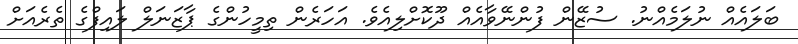
ބަލައެއް ނުލަމެއްނު. ސުޒޭން ފުންނޭވާއެއް ދޫކޮށްލިއެވެ. އަހަރެން ތިމީހުންގެ ޕާޒަނަލް ލައިފްގެ ތެރެއަށް